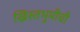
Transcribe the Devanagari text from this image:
ख्रिस्तभूमीची